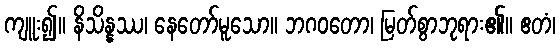
ကျူး၍။ နိသိန္နဿ၊ နေတော်မူသော။ ဘဂဝတော၊ မြတ်စွာဘုရား၏။ ဧတံ၊